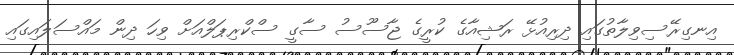
އިނގިރޭސިވިލާތުގައި ދިރިއުޅޭ ރަޝިއާގެ ކުރީގެ ޖާސޫސު ސާގީ ސްކްރިޕަލްއަށް ވިހަ ދިން މައްސަލައިގައި